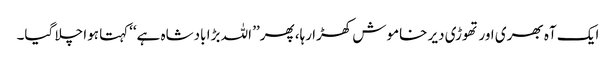
ایک آہ بھری اور تھوڑی دیر خاموش کھڑا رہا، پھر’’ اللہ بڑا بادشاہ ہے‘‘کہتا ہوا چلا گیا۔